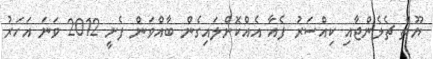
ޔޫތް ޗެލެންޖާއި ކިއްސަރު ފެއާ އެއްކޮށްލައިގެން ބާއްވަން ފެށީ 2012 ވަނަ އަހަރު